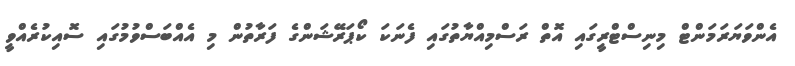
އެންވަޔަރަމަންޓް މިނިސްޓްރީގައި އޮތް ރަސްމިއްޔާތުގައި ފެނަކަ ކޯޕަރޭޝަންގެ ފަރާތުން މި އެއްބަސްވުމުގައި ސޮއިކުރެއްވީ